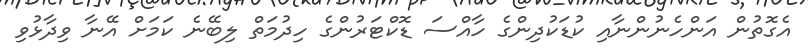
އެގޮތުން އަންހެނުންނާއި ކުޑަކުދިންގެ ހާއްސަ ޑޮކްޓަރުންގެ ހިދުމަތް ލިބޭނެ ކަމަށް އޭނާ ވިދާޅުވި